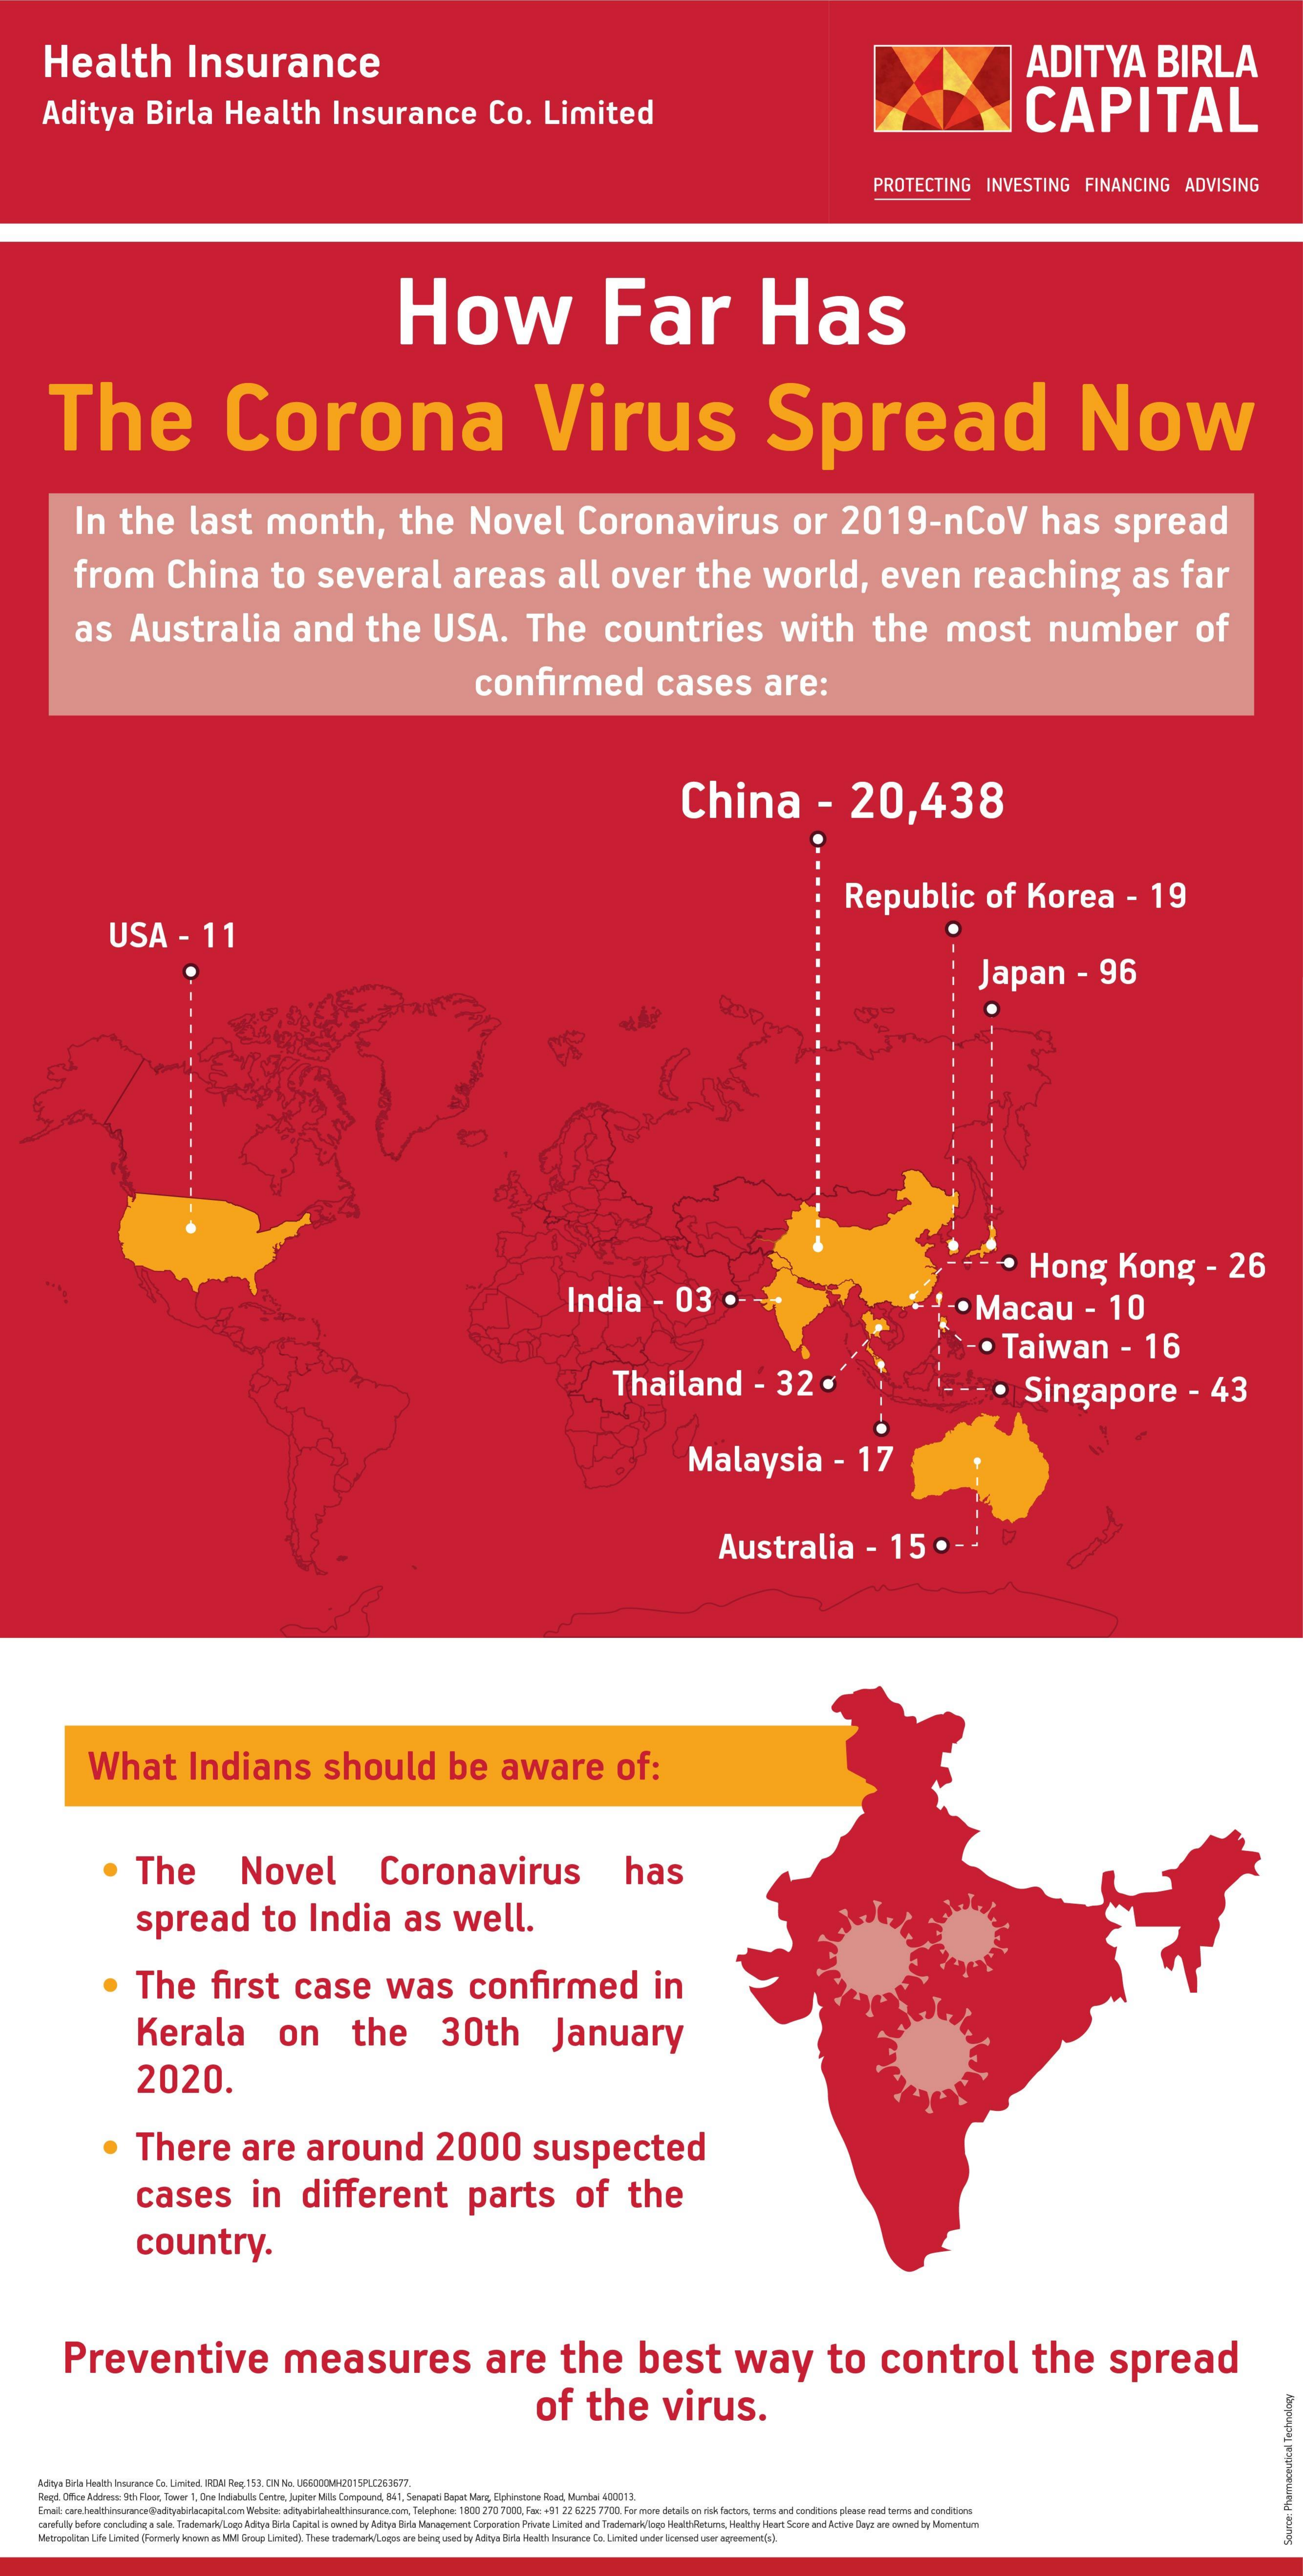
Health    Insurance    ADITYA    BIRLA
     Aditya    Birla    Health    Insurance    Co.    Limited    CAPITAL
     PROTECTING    INVESTING    FINANCING    ADVISING
     How    Far    Has
     The    Corona    Virus    Spread    Now
     In    the    last    month,    the    Novel    Coronavirus    or    2019-nCoV    has    spread
     from    China    to    several    areas    all    over    the    world,    even    reaching    as    far
     as    Australia    and    the    USA.    The    countries    with    the    most    number    of
     confirmed    cases    are:
     China    -    20,438
     Republic    of    Korea    -    19
     USA    -    11
     Japan    -   96
     India    -    03    .
     ·    Hong    Kong    -    26
     ·   Macau    -    10
     ·  Taiwan    -    16
     Thailand    -    32    .    Singapore    -   43
     Malaysia    -    17
     Australia    -    15    .-
     What    Indians    should    be    aware    of:
     The    Novel    Coronavirus    has
     spread    to    India    as    well.
     The    first    case    was    confirmed    in
     Kerala    on    the    30th    January
     2020.
     There    are    around    2000    suspected
     cases    in    different    parts    of    the
     country.
     Preventive    measures    are    the    best    way    to    control    the    spread
     of    the    virus.
     Aditya Birla Health Insurance Ce. United, IRDA Reg; 153. CIN Ne. UFF000M2015PLE267677.
     Red. Office Address: Bth Flaer, Tower 1, One Indiabulls Centre, Jupiter Milks Campound, 841, Seragati Bepat Marg, Elphinstone Raad, Mumbai 400013.
     Email: core healthinsurance@aditybirlacapitalcem Website adityabifhealthinsurance.com, Telephone: 1600 270 7000, Fie +91 22 6225 7700. For more details an risk factors, teens and conditions please read ters and conditions
     carefully before concluding a sale. Tredemerh/Logo Aditya Birla Capital is owned by Adinoye Bida Management Corporation Private Limited and Trademark/lago HealthFletums, Healthy Heart Scare and Active Dayz are owned by Momentum
     Metragaliton Life Limited (Formerly inaw as MUI Group Limited). These taderrah Loges are being used by Adityo Birlo Health Insurance Ca. Limited under licensed user agreement(s).
     Source:
     Pharmaceutical
     Technology